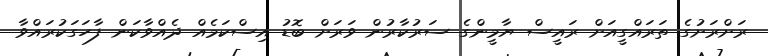
ރަށްރަށުގެ ތަރައްގީއަށް ރައީސް ޔާމީންގެ ސަރުކާރުން ވަރަށް ބޮޑު އިސްކަމެއް ދެއްވާކަން ފާހަގަކުރައްވާ